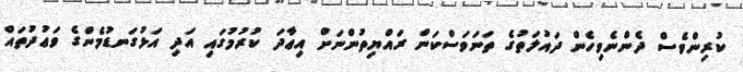
ކުރިންވެސް ދެންނެވިހެން ދައުލަތުގެ ތަނަވަސްކަން ރައްޔިތުންނަށް އިޢާދަ ކުރުމުގައި އަދި އަޅުގަނޑުމެންގެ ވަޢުދުތައް